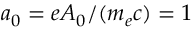
a _ { 0 } = e A _ { 0 } / ( m _ { e } c ) = 1